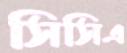
সিসিএ